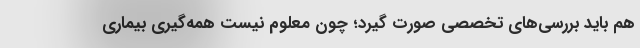
هم باید بررسی‌های تخصصی صورت گیرد؛ چون معلوم نیست همه‌گیری بیماری